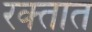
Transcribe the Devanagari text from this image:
रक्‍तात